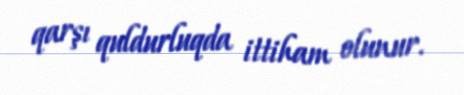
qarşı quldurluqda ittiham olunur.